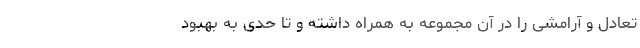
تعادل و آرامشی را در آن مجموعه به همراه داشته و تا حدّی به بهبود